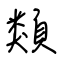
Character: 類